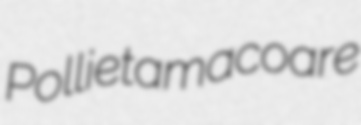
Pollie tamacoare